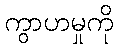
ကွာဟမှုကို